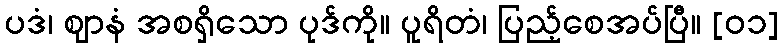
ပဒံ၊ ဈာနံ အစရှိသော ပုဒ်ကို။ ပူရိတံ၊ ပြည့်စေအပ်ပြီ။ [၀၁]